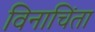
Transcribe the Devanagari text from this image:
विनाचिंता